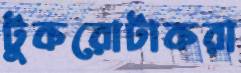
টুকরোটাকরা